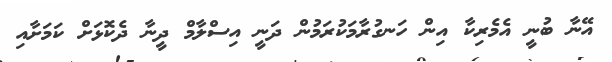
އޭނާ ބުނީ އެމެރިކާ އިން ހަނގުރާމަކުރަމުން ދަނީ އިސްލާމް ދީނާ ދެކޮޅަށް ކަމަށާއި